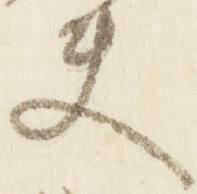
夫